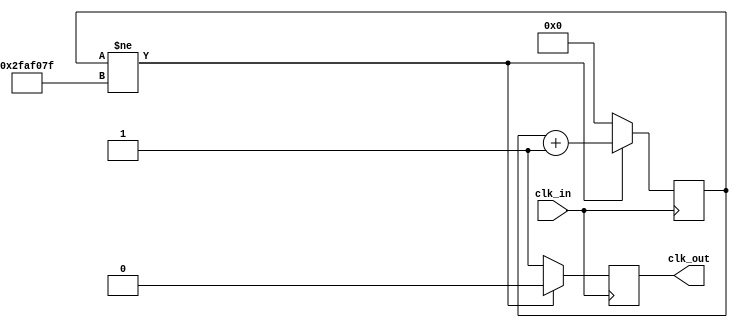
module slow_clk1(
    input clk_in,
    output reg clk_out
    );
    
    reg [25:0] period_count = 0;
    
    always @(posedge clk_in)
    
    if (period_count != 50_000_000 - 1)
    
    begin
        period_count <= period_count + 1;
        clk_out <=0;
    end
    else
    begin
        period_count <=0;
        clk_out <= 1;
    end
endmodule